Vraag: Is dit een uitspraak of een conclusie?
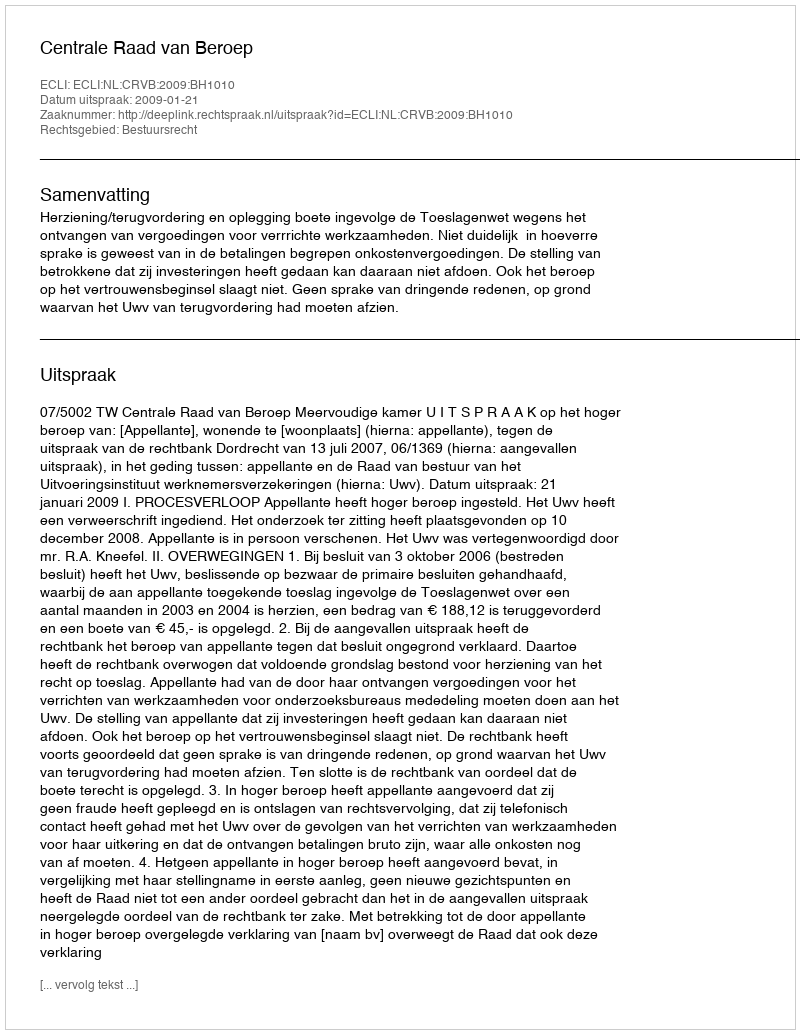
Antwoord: Uitspraak